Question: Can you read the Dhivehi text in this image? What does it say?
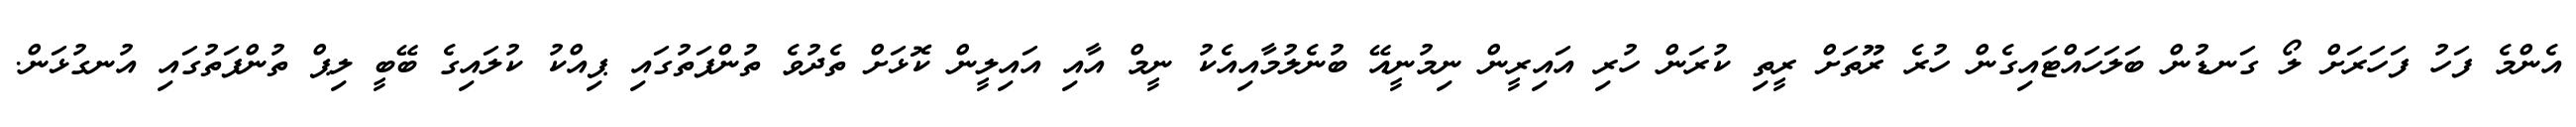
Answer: އެންމެ ފަހު ފަހަރަށް ލޯ ގަނޑުން ބަލަހައްޓައިގެން ހުރެ ރޫތަށް ރީތި ކުރަން ހުރި އައިރީން ނިމުނީއޭ ބުނެލުމާއިއެކު ނީމް އާއި އައިލީން ކޮޅަށް ތެދުވެ ތުންފަތުގައި ޕިއްކު ކުލައިގެ ބޭބީ ލިޕް ތުންފަތުގައި އުނގުޅަން.